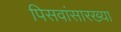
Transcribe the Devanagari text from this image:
पिसवांसारख्या